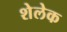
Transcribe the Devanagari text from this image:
शेलेक